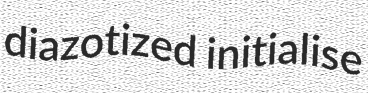
diazotized initialise